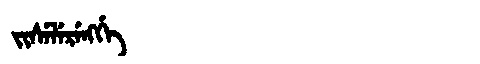
Manchu: ᠵᡳᠰᡝᠯᡝᡵᡝᠩᡤᡝ
Romanization: JISELERENGGE